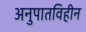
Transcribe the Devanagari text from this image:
अनुपातविहीन